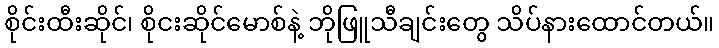
စိုင်းထီးဆိုင်၊ စိုငးဆိုင်မောစ်နဲ့ ဘိုဖြူသီချင်းတွေ သိပ်နားထောင်တယ်။